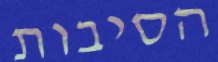
הסיבות